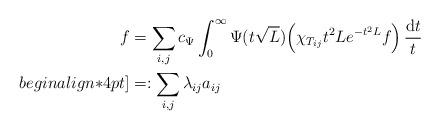
LaTeX: \begin{align*}f&=\sum_{ i, j }c_{\Psi}\int_0^\infty\Psi(t\sqrt{L})\Big( \chi_{T_{ij}}t^2Le^{-t^2L}f\Big)\, \frac{{\rm d}t}{t}\\begin{align*}4pt]&=: \sum_{i, j} \lambda_{ij} a_{ij}\end{align*}